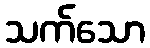
သက်သော